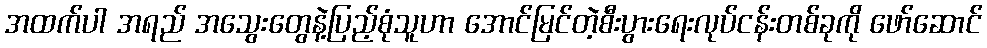
အထက်ပါ အရည် အသွေးတွေနဲ့ပြည့်စုံသူဟာ အောင်မြင်တဲ့စီးပွားရေးလုပ်ငန်းတစ်ခုကို ဖော်ဆောင်